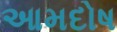
આમદોષ